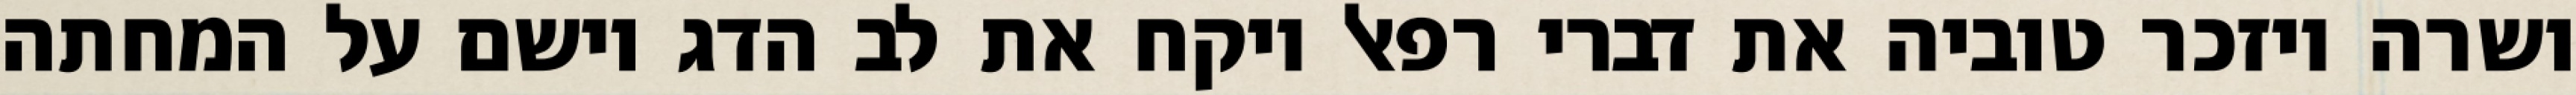
ושרה ויזכר טוביה את דברי רפאל ויקח את לב הדג וישם על המחתה